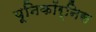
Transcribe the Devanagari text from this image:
यूनिकॉर्निस